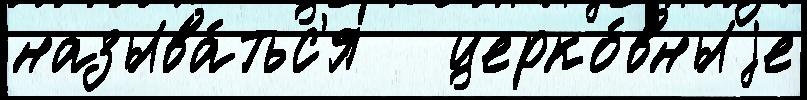
называ́тьс'я   церко́вныjе